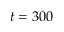
t = 3 0 0